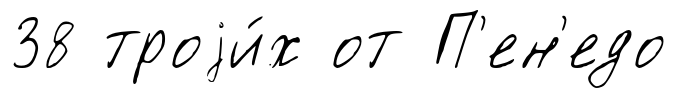
38 троjи́х от П'ен'едо